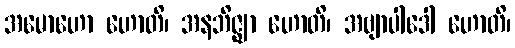
အမောဟော ဟောတိ၊ အနဘိဇ္ဈာ ဟောတိ၊ အဗျာပါဒေါ ဟောတိ၊